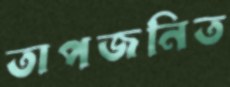
তাপজনিত